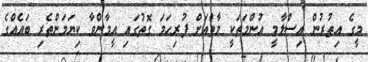
މީގެ އިތުރުން އިސްލާމީ އުންމަތަކީ މާތްއަށް ފުރިހަމަ ގޮތުގައި އީމާންވާ ކިޔަމަންތެރި ބައެއްގެ